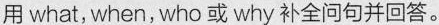
用 what, when, who 或 why 补全问句并回答。